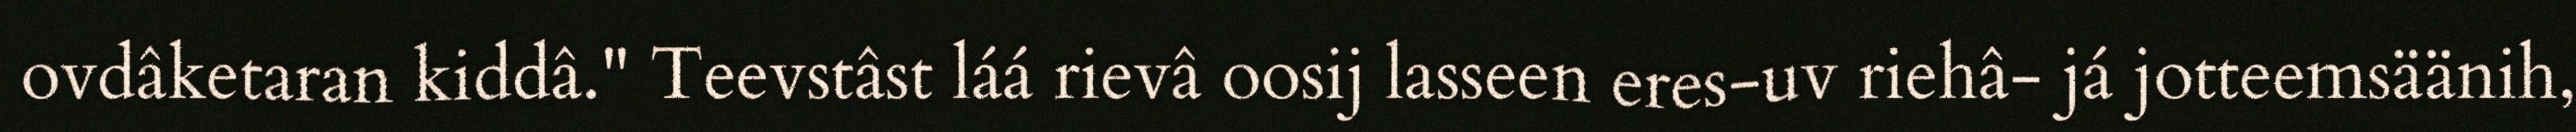
ovdâketaran kiddâ." Teevstâst láá rievâ oosij lasseen eres-uv riehâ- já jotteemsäänih,